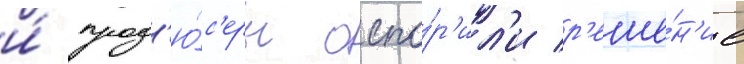
и́ прод'ю́с'еры оспо́р'ил'и р'еше́н'ие